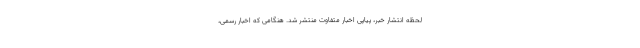
لحظه انتشار خبر، پیاپی اخبار متفاوت منتشر شد. هنگامی که اخبار رسمی،